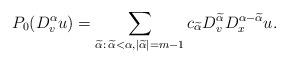
LaTeX: \begin{align*} P_0 (D_{v}^{\alpha} u) = \sum_{ \widetilde \alpha: \, \widetilde \alpha < \alpha, |\widetilde \alpha| = m - 1 } c_{\widetilde \alpha} D^{\widetilde \alpha}_v D^{\alpha - \widetilde \alpha}_{x} u.\end{align*}